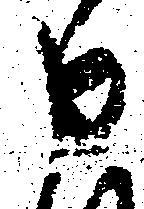
申